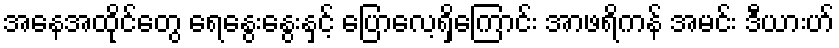
အနေအထိုင်တွေ ရေနွေးနွေးနှင့် ပြောလေ့ရှိကြောင်း အာဖရိကန် အမင်း ဒီယားဟ်